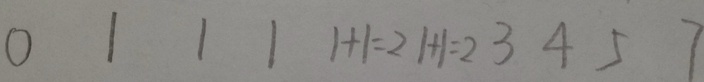
0 1 1 1 1 + 1 = 2 1 + 1 = 2 3 4 5 7